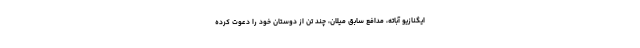
ایگنازیو آباته، مدافع سابق میلان، چند تن از دوستان خود را دعوت کرده